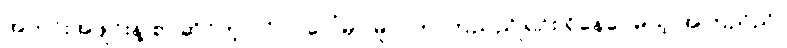
အတင်းအဖျင်းနဲ့ စပ်ဆိုင်တဲ့ ပုဂ္ဂိုလ်ပေါ်မှာ မူလက ကြည်ညိုရင်း ရှိနေပေမယ့် အကြည်ညို